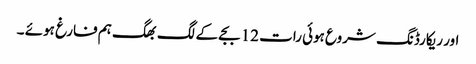
اور ریکارڈنگ شروع ہوئی رات 12 بجے کے لگ بھگ ہم فارغ ہوئے ۔